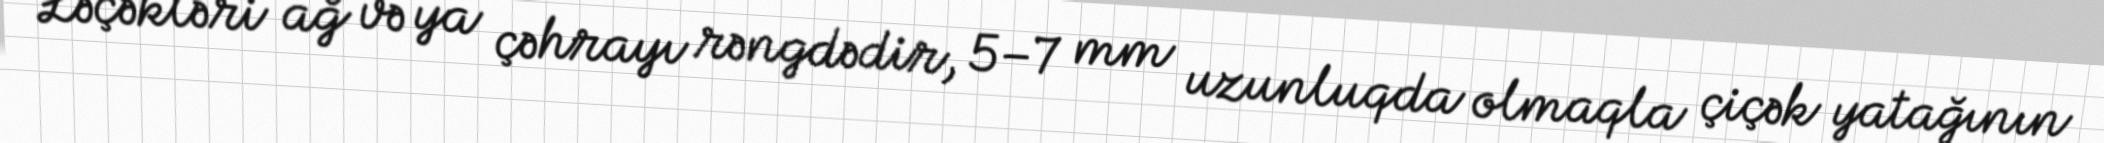
Ləçəkləri ağ və ya çəhrayı rəngdədir, 5–7 mm uzunluqda olmaqla çiçək yatağının